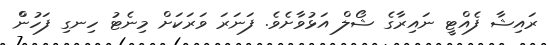
ރައިޝާ ފެއްޓީ ނައިރާގެ ޝޯލް އަޅުވާށެވެ. ފަނަރަ ވަރަކަށް މިނެޓު ހިނގި ފަހުންް